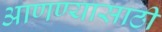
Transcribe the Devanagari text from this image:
आणण्‍यासाठी